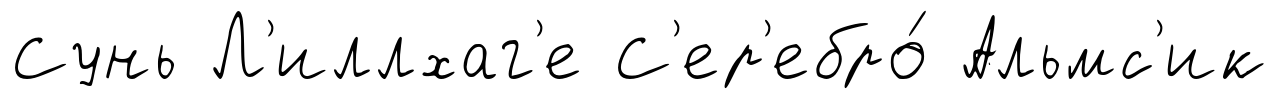
Сунь Л'иллхаг'е С'ер'ебро́ Альмс'ик